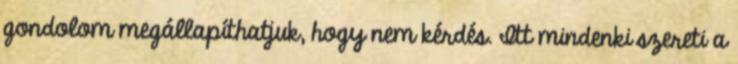
gondolom megállapíthatjuk, hogy nem kérdés. Itt mindenki szereti a